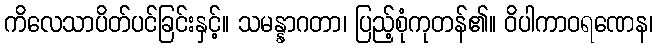
ကိလေသာပိတ်ပင်ခြင်းနှင့်။ သမန္နာဂတာ၊ ပြည့်စုံကုတန်၏။ ဝိပါကာဝရဏေန၊